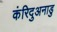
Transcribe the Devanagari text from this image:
कंरिदुअनाडु